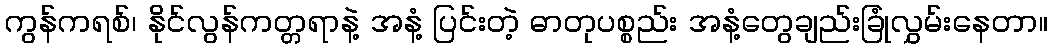
ကွန်ကရစ်၊ နိုင်လွန်ကတ္တရာနဲ့ အနံ့ ပြင်းတဲ့ ဓာတုပစ္စည်း အနံ့တွေချည်းခြုံလွှမ်းနေတာ။